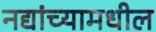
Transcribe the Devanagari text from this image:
नद्यांच्यामधील